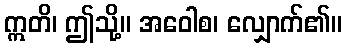
ဣတိ၊ ဤသို့။ အဝေါစ၊ လျှောက်၏။